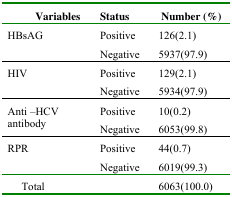
<table><thead><tr><td><b>Variables</b></td><td><b>Status</b></td><td><b>Number (%)</b></td></tr></thead><tbody><tr><td>HBsAG</td><td>Positive</td><td>126(2.1)</td></tr><tr><td></td><td>Negative</td><td>5937(97.9)</td></tr><tr><td>HIV</td><td>Positive</td><td>129(2.1)</td></tr><tr><td></td><td>Negative</td><td>5934(97.9)</td></tr><tr><td rowspan="2">Anti –HCVantibody</td><td>Positive</td><td>10(0.2)</td></tr><tr><td>Negative</td><td>6053(99.8)</td></tr><tr><td>RPR</td><td>Positive</td><td>44(0.7)</td></tr><tr><td></td><td>Negative</td><td>6019(99.3)</td></tr><tr><td>Total</td><td></td><td>6063(100.0)</td></tr></tbody></table>